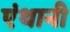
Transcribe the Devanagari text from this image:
एंथानी